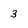
Character: 3